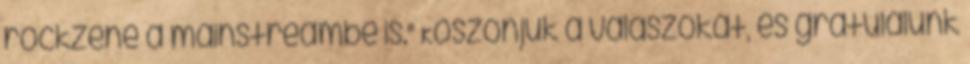
rockzene a mainstreambe is." Köszönjük a válaszokat, és gratulálunk